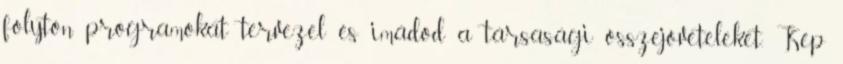
folyton programokat tervezel és imádod a társasági összejöveteleket. Kép